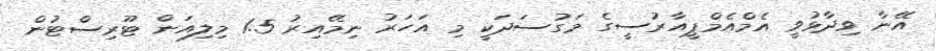
އޭނާ ވިދާޅުވީ އެމްއެމްޕީއާރުސީގެ މަގުސަދަކީ މި އަހަރު ނިމޭއިރު 1.5 މިލިއަން ޓޫރިސްޓުން